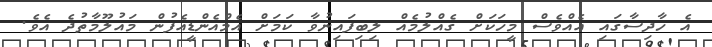
އެ ހާދިސާގައި އެއްވެސް މީހަކަށް ގެއްލުމެއް ލިބިފައިނުވާ ކަމަށް އެމްއެންޑީއެފުން މައުލޫމާތުދެ އެވެ.